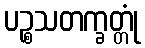
ပဉ္စသတက္ခတ္တုံ